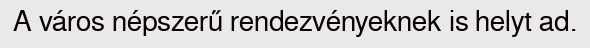
A város népszerű rendezvényeknek is helyt ad.